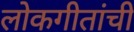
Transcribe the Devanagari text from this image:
लोकगीतांची